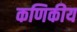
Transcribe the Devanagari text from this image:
कणिकीय